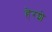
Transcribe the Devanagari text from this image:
हेरशे